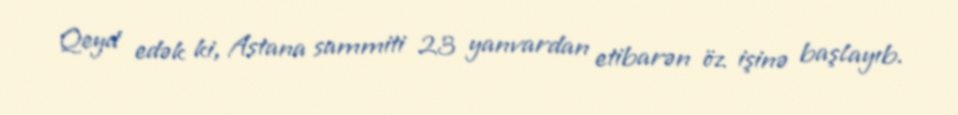
Qeyd edək ki, Astana sammiti 23 yanvardan etibarən öz işinə başlayıb.